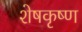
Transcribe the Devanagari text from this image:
शेषकृष्ण